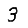
Digit: 3